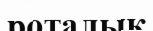
роталық